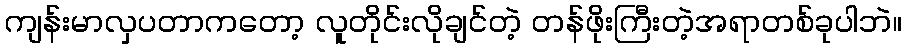
ကျန်းမာလှပတာကတော့ လူတိုင်းလိုချင်တဲ့ တန်ဖိုးကြီးတဲ့အရာတစ်ခုပါဘဲ။